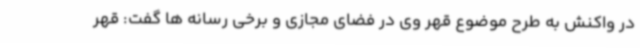
در واکنش به طرح موضوع قهر وی در فضای مجازی و برخی رسانه ها گفت: قهر